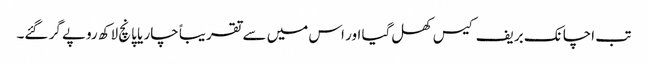
تب اچانک بریف کیس کھل گیا اور اس میں سے تقریباً چار یا پانچ لاکھ روپے گر گئے۔